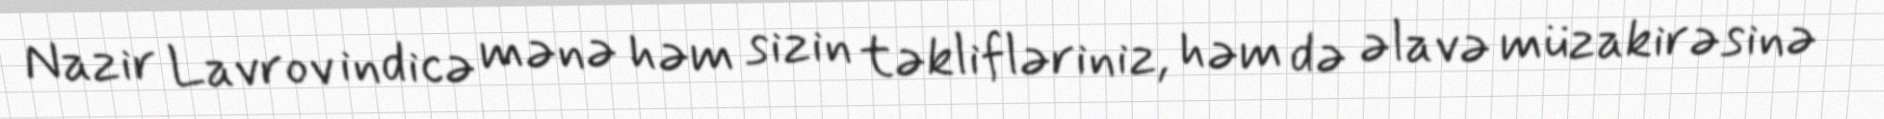
Nazir Lavrov indicə mənə həm sizin təklifləriniz, həm də əlavə müzakirəsinə